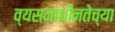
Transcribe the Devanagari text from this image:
व्यसनाधीनतेच्या